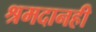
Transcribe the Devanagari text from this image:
श्रमदानही